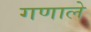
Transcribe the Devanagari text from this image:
गणाले